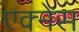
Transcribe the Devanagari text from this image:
एक्नेस